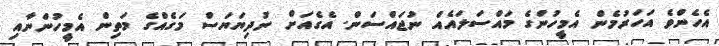
އެހެންވެ އަހަރުމެން އެމީހުންގެ މައްސަލައެއް ނުޖައްސަން. އެގެއަށް ނުދިޔަޔަސް މަގެއްގެ މަތިން އެމީހުންނާއި